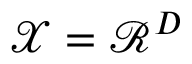
\mathcal { X } = \mathcal { R } ^ { D }